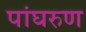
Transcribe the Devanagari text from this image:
पांघरुण